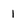
Character: 1